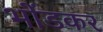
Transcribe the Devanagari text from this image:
भोंडकर